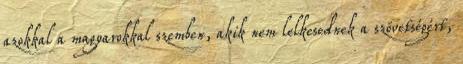
azokkal a magyarokkal szemben, akik nem lelkesednek a szövetségért,